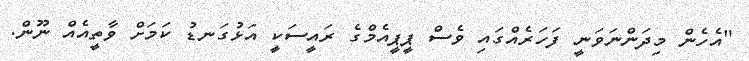
"އެހެން މިދަންނަވަނީ ފަހަރެއްގައި ވެސް ޕީޕީއެމްގެ ރައީސަކީ އަޅުގަނޑު ކަމަށް ވާތީއެއް ނޫން.